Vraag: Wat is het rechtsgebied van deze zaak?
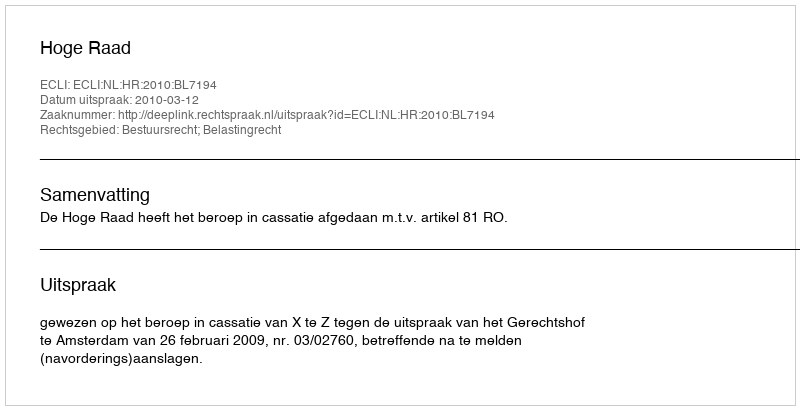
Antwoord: Bestuursrecht; Belastingrecht